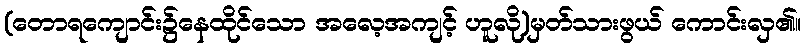
(တောရကျောင်း၌နေထိုင်သော အလေ့အကျင့် ဟူလို)မှတ်သားဖွယ် ကောင်းလှ၏။